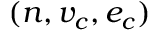
( n , v _ { c } , e _ { c } )